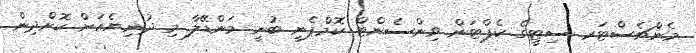
މެންޗެސްޓަރ ސިޓީގެ ކެޕްޓަން ވިންސެންޓް ކޮމްޕެނީ ބުނީ މަންޑޭލާ މި ދުނިޔެއަށް ކޮށްދިން